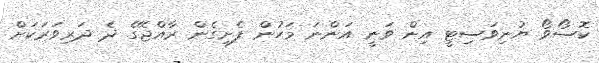
ކޮސޯވޯ ޔުނިވަސިޓީ އިން ވަނީ އަންނަ މަހުން ފެށިގެން ރާއްޖޭގެ ދެ ދަރިވަރަކަށް